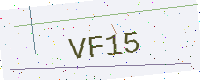
Text: VF15